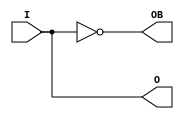
module OBUFDS (
	output O,
	output OB,
	input I
);
	buf b (O, I);
	not bb (OB, I);
endmodule